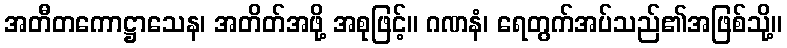
အတီတကောဋ္ဌာသေန၊ အတိတ်အဖို့ အစုဖြင့်။ ဂဏနံ၊ ရေတွက်အပ်သည်၏အဖြစ်သို့။